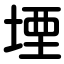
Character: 堙